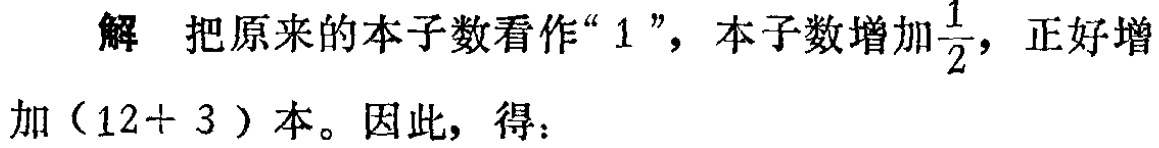
解 把原来的本子数看作“$1$”，本子数增加$\frac{1}{2}$，正好增加（$12 + 3$）本。因此，得：